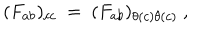
LaTeX: ( F _ { a b } ) _ { c c } ~ = ~ ( F _ { a b } ) _ { \theta ( c ) \theta ( c ) } ~ ,